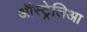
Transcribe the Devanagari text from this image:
ऑस्ट्रेलिआ